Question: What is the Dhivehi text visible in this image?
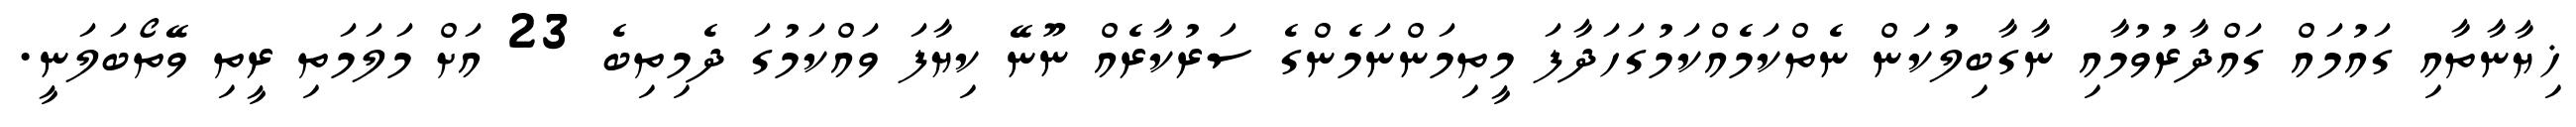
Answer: ޚިޔާނާތާއި ގައުމައް ގައްދާރުވުމާއި ނާގާބިލުކަން ނެތްކަމެއްކަމުގަހަދާފަ މީތިމަންނަމެންގެ ސަރުކާރެއް ނޫނޭ ކިޔާފަ ވައްކަމުގަ ދެމިތިބެ 23 އަށް މަލަމަތި ރީތި ވޭތޯބަލަނީ.